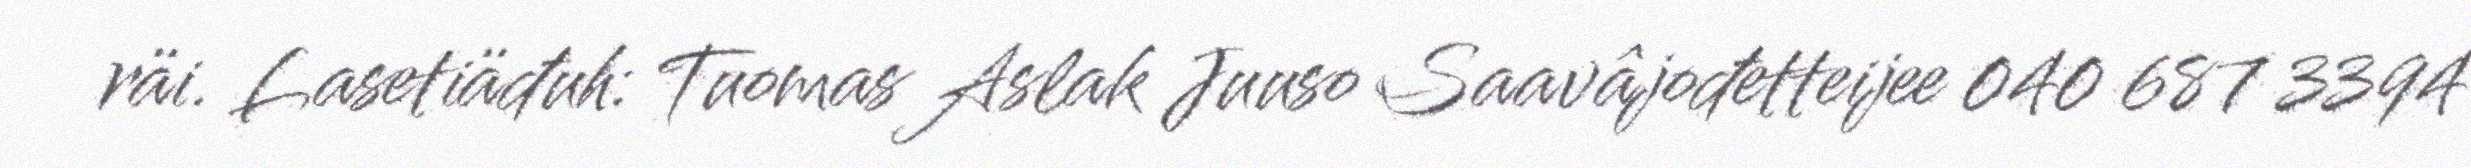
räi. Lasetiäđuh: Tuomas Aslak Juuso Saavâjođetteijee 040 687 3394